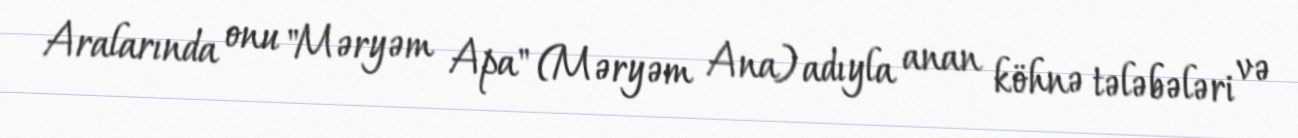
Aralarında onu "Məryəm Apa" (Məryəm Ana) adıyla anan köhnə tələbələri və